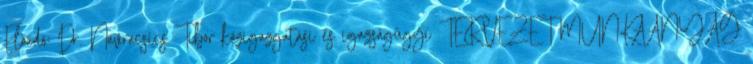
Előadó: Dr. Navracsics Tibor közigazgatási és igazságügyi TERVEZET MUNKAANYAG